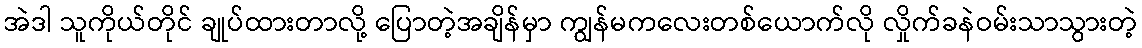
အဲဒါ သူကိုယ်တိုင် ချုပ်ထားတာလို့ ပြောတဲ့အချိန်မှာ ကျွန်မကလေးတစ်ယောက်လို လှိုက်ခနဲဝမ်းသာသွားတဲ့